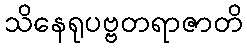
သိနေရုပဗ္ဗတရာဇာတိ